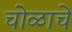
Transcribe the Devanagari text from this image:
चोळाचे